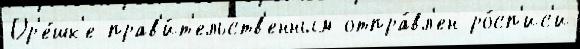
Ор'е́шк'е прав'и́т'ельств'енным отпра́вл'ен ро́сп'ис'и